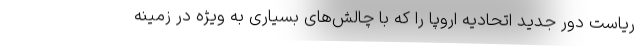
ریاست دور جدید اتحادیه اروپا را که با چالش‌های بسیاری به ویژه در زمینه